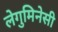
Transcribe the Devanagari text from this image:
लेगुमिनेसी